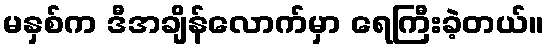
မနှစ်က ဒီအချိန်လောက်မှာ ရေကြီးခဲ့တယ်။